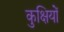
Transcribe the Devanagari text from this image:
कुक्षियों